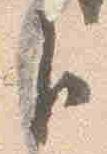
臣